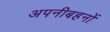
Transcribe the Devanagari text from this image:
अपनीबहनों